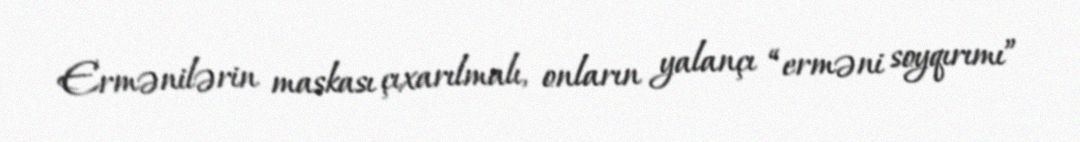
Ermənilərin maskası çıxarılmalı, onların yalançı “erməni soyqırımı”